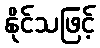
နိုင်သဖြင့်